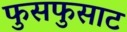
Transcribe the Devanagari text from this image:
फुसफुसाट